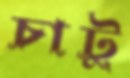
চাটু